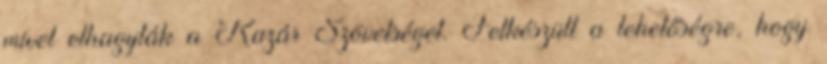
mivel elhagyták a Kazár Szövetséget. Felkészült a lehetőségre, hogy